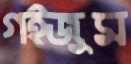
গইজুম